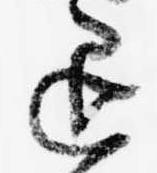
退